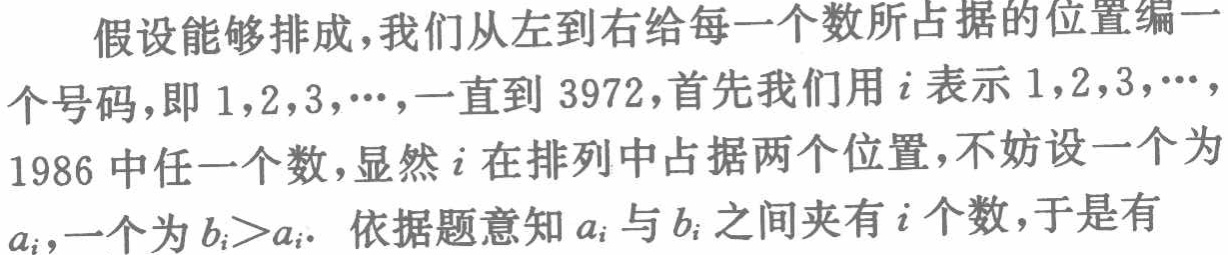
假设能够排成,我们从左到右给每一个数所占据的位置编一

个号码,即 \(1,2,3,\cdots\),一直到 \(3972\),首先我们用 \(i\) 表示 \(1,2,3,\cdots\),

1986中任一个数,显然 \(i\) 在排列中占据两个位置,不妨设一个为

\(a_{i}\),一个为 \(b_{i}>a_{i}\). 依据题意知 \(a_{i}\) 与 \(b_{i}\) 之间夹有 \(i\) 个数,于是有